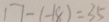
1 7 - ( - 1 8 ) = 3 5